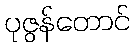
ပုဇွန်တောင်